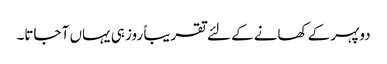
دوپہر کے کھانے کے لئے تقریباً روز ہی یہاں آ جاتا۔